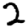
Digit: 2